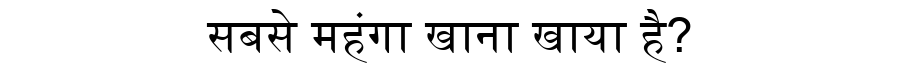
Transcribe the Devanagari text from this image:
सबसे महंगा खाना खाया है?